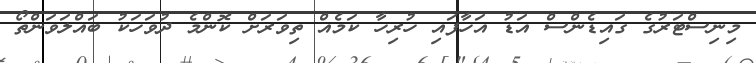
މިނިސްޓަރުގެ ގައިޑެންސް އަޑު އަހާފައި ހުރިހާ ކަމެއް ތިވަރަށް ކޮންމެ ދުވަހަކު ބައްލަވަންތޯ